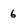
Character: 6